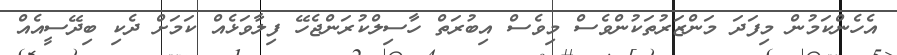
އެހެންކަމުން މިފަދަ މަންޒަރުތަކުންވެސް މިވެސް އިބުރަތް ހާސިލްކުރަންޖެހޭ ފިލާވަޅެއް ކަމަށް ދެކި ބިދޭސީއެއް